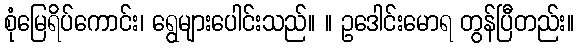
စုံမြေရိပ်ကောင်း၊ ရွေများပေါင်းသည်။ ။ ဥဒေါင်းမောရ တွန်ပြီတည်း။